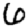
Digit: 6